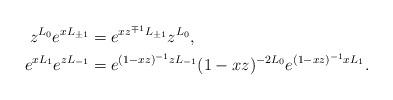
LaTeX: \begin{align*} z^{L_{0}}e^{xL_{\pm 1}}&=e^{xz^{\mp 1}L_{\pm 1}}z^{L_0},\\ e^{xL_1}e^{zL_{-1}}&=e^{(1-xz)^{-1}zL_{-1}}(1-xz)^{-2L_0}e^{(1-xz)^{-1}xL_1}.\end{align*}